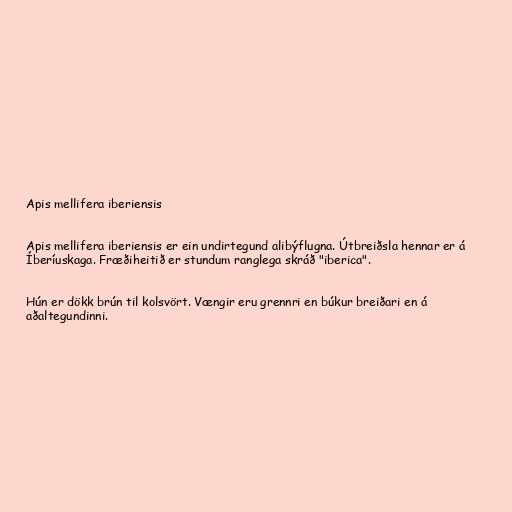
Apis mellifera iberiensis

Apis mellifera iberiensis er ein undirtegund alibýflugna. Útbreiðsla hennar er á
Íberíuskaga. Fræðiheitið er stundum ranglega skráð "iberica".

Hún er dökk brún til kolsvört. Vængir eru grennri en búkur breiðari en á
aðaltegundinni.